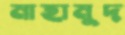
মাহামুদ